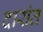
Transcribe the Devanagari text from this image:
दारांत